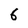
Character: 6